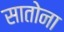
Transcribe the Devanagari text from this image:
सातोना